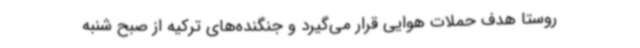
روستا هدف حملات هوایی قرار می‌گیرد و جنگنده‌های ترکیه از صبح شنبه